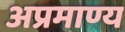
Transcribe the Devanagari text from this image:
अप्रमाण्य